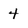
Character: 4